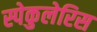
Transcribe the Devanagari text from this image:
स्पेकुलेरिस